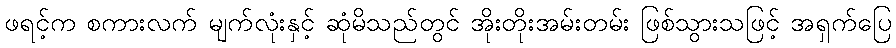
ဖရင့်က စကားလက် မျက်လုံးနှင့် ဆုံမိသည်တွင် အိုးတိုးအမ်းတမ်း ဖြစ်သွားသဖြင့် အရှက်ပြေ